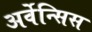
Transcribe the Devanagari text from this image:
अर्वेन्सिस